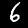
Digit: 6